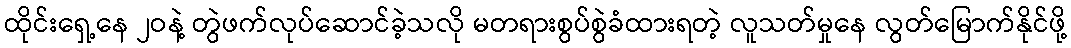
ထိုင်းရှေ့နေ ၂ဝနဲ့ တွဲဖက်လုပ်ဆောင်ခဲ့သလို မတရားစွပ်စွဲခံထားရတဲ့ လူသတ်မှုနေ လွတ်မြောက်နိုင်ဖို့